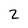
Character: 2